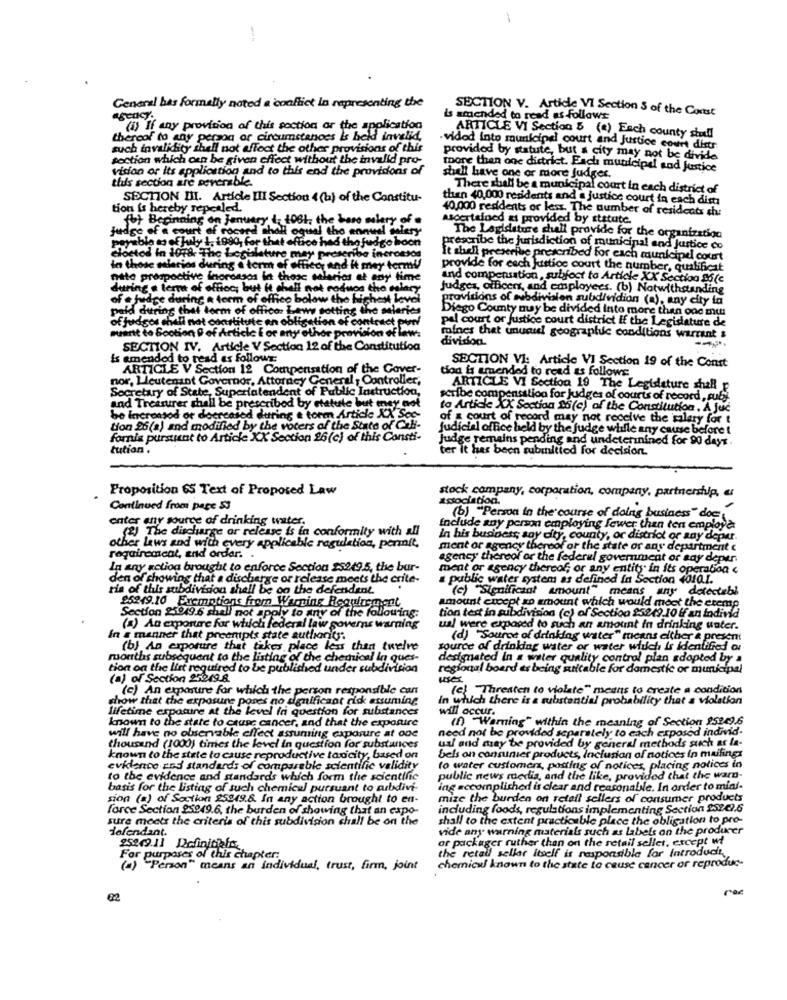
-
General has formally noted a conflict in representing the
SECTION V. Article VI Section S of the Const
agency.
is amended to read as follows
(i) If any provision of this section or the application
theroof to any person or circumstances is held invelid.
ARTICLE VI Section & (a) Each county stull
such invalidity shell not affect the other provisions of this
vided into municipal court and Justice court distr
section which can be given effect without the invalid pro-
provided by statute, but a city may not be divide
vision or its application and to this end the provisions of
more than one district. Each municipal and Justice
this section are neverable.
shall have one or more judges.
There shall be a municipal court in each district of
SECTION III. Article III Section 4(ba) of the Constitu-
then 40,000 residents and a justice court in each dista
tion is hereby repealed.
40,000 residents or less. The number of residents ch:
fot Beginning on January 1. 1061, the bare valery
Ascertained as provided by statute.
judge of a court
of rocard shall
tho
howable to of july 1. 1990, for thet oftico
&thof
The Lavidature shall provide for the organization
prescribe the jurisdiction of municipal and justice co
clostod in 1078. The Legislature may
It shell prescrive prescribed for each municipal court
in those salarios during a term of office
provide for each justice court the number, qualificat
nite prospective ingressos iet those
and compensation, subfoct to Article XX Section 85(c
during a term of offioc; but it chell n
judges, officers, and employees. (b) Notwithstanding
of # judge during & term of office bolow the
provisions of subdivision subdividion (a), any city ta
paid dutring that torm of offica: Leww sottin
Diego County muy be divided into more than one mus
of judges cheli not constitute an obligation of
pal court or justice court district If the Legidature de
muartt to Sootion @ of Article E or any other po
rofnes that unucud! geographic conditions warrant s
division.
SECTION IV. Article V Section 12 of the Constitution
Is amended to read as follows
ARTICLE V Section 12 Compensation of the Gaver-
tion is amended to read as follows
SECTION VI: Article VI Section 19 of the Const
nor, Lieutenant Governor, Attorney General , Controller,
Secretary of State, Superlatendent of Public Instruction,
ARTICLE VI Section 19 The Legideture shall F
and Treasurer shall be prescribed by efetule but eney not
scribe compensation for judges of courts of record , sub)
to Article XX Section 16(c) of the Constitution. A juc
be increased or decreased during a torm Article XX Ses-
of a court of record may not receive the salary for t
tion 26(a) and modified by the voters of the State of Cili-
judicial office held by the judge whifle any cause before !
fornis pursuant to Article XX Section 26(c) of this Consti-
Judge remains pending and undeterinined for 90 days.
tution .
ter it has been submitted for decision.
Proposition 65 Text of Proposed Law
stock company, corporation, company, partnership, «
association.
Continued from pape S
enter any source of drinking water.
(b) "Person in the course of doing business" does
(2) The discharge or release is in conformity with all
Include any person employing fewer than ten employa
In his business; any city, county, or district or any deper.
other laws and with every applicable regulation, permit,
ment or agency thereof or the state or ans department
requirement, and order. .
agency thereof or the federal government or say depur.
In any action brought to enforce Section 25249.5, the bur-
ment or agency thereof; or any entity in its operation <
den of showing that a discharge or release meets the crite-
a public water system as defined in Section 4orQ !.
ris of this subdivision shell be on the defendant.
(c) "Significant amount" means any detectebi
95249.10 Exemptions from Warning Requirement
Section 25949.6 shall not apply to any of the following:
amount crocpt an amount which would moct the etemp
tion test in subdivision (c) of Section 259.49.10 if an Individ
(8) An exposure for whichi federal law governs warning
ual were exposed to such an amount in drinking water.
In a manner that preempts state authority.
(d) "Source of drinking water" tucans either a present
(b) An exposure that takes place less than twelve
source of drinking water or water which is identified or
months subsequent to the listing of the chemical in ques-
designated In a water quality control plan adopted by a
tion on the list required to be published under subdivision
regional board es being suitable for domestic or municipal
(a) of Section 25249.8.
uses
(c) An exposure for which the person responsible can
(e) "Threaten to violate" means to create a condition
show that the exposure poses no significant rick assuming
In which there is a substantial probability that a violation
lifetime exposure at the level fri question for substances
will occur.
known to the state to cause cancer, and that the exportire
(1) "Warning" within the meaning of Section 952496
need not be provided separately to each exposed individ-
will have no observable effect assuming exposure at one
thousand (1000) times the level in question for substances
ual and may be provided by general methods such as la-
known to the state to cause reproductive toxicity, based on
bels on consumer products, Inclusion of notices in mailings
evidence and standards of comparable scientific validity
to water customers, posting of notices, placing notices in
to the evidence and standards which form the scientific
public news media, and the like, provided that the warn-
basis for the listing of such chemical pursuant to curbdivi-
ing accomplished is clear and reasonable. In order to mini-
sion (a) of Section 25249.8. In any action brought to en-
mize the burden on retail sellers of consumer products
force Section 25949.6, the burden of showing that an capo-
including foods, regulations implementing Section 25242.6
sura meets the criteria of this subdivision chall be on the
shall to the extent practicable place the obligation to pro-
defendant.
vide any warning materials such as labels on the producer
or packager ruther than on the retail selles, except wf
25249.11 Definitief
For purposes of this chapter:
the retail sellar itself is responsible for Introduct ..
(a) "Person" means an individual, trust, firm, joint
chemical known to the state to cause cancer or reproduc-
€2